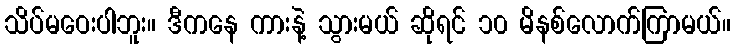
သိပ်မဝေးပါဘူး။ ဒီကနေ ကားနဲ့ သွားမယ် ဆိုရင် ၁၀ မိနစ်လောက်ကြာမယ်။